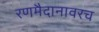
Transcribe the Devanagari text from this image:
रणमैदानावरच